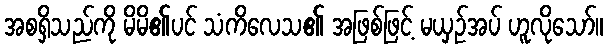
အစရှိသည်ကို မိမိ၏ပင် သံကိလေသ၏ အဖြစ်ဖြင့် မယှဉ်အပ် ဟူလိုသော်။